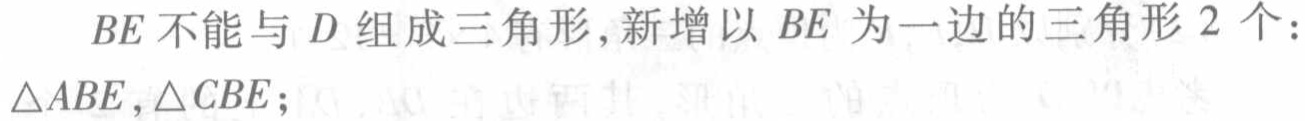
$BE$不能与$D$组成三角形，新增以$BE$为一边的三角形$2$个：$\triangle ABE,\triangle CBE;$